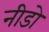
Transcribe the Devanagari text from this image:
नीडो